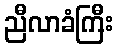
ညီလာခံကြီး